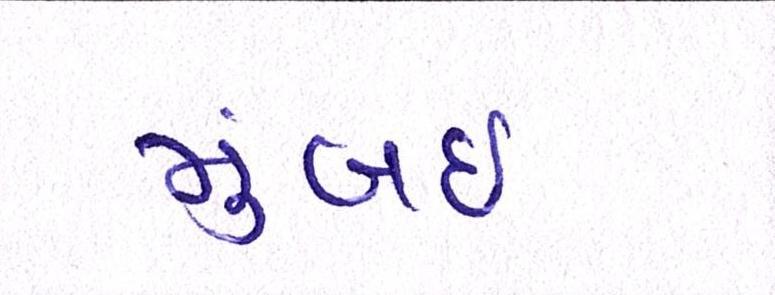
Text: મુંબઇઃ